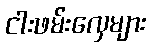
ငါးဖမ်းလှေများ